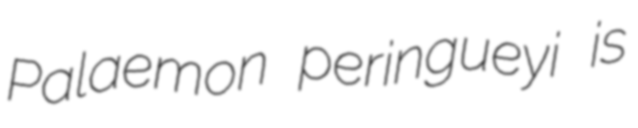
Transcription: Palaemon peringueyi is